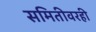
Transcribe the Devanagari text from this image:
समितीवरही